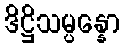
ဒိဋ္ဌိသမ္ပန္နော